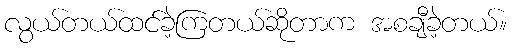
လွယ်တယ်ထင်ခဲ့ကြတယ်ဆိုတာက အစချီခဲ့တယ်။